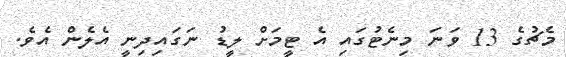
މެޗުގެ 13 ވަނަ މިނެޓުގައި އެ ޓީމަށް ލީޑު ނަގައިދިނީ އެލެން އެވެ.